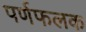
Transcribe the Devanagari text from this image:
पर्णफलक